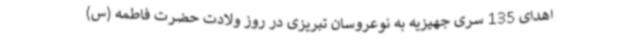
اهدای 135 سری جهیزیه به نوعروسان تبریزی در روز ولادت حضرت فاطمه (س)